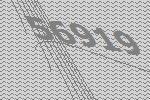
56919